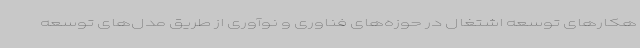
هکارهای توسعه اشتغال در حوزه‌های فناوری و نوآوری از طریق مدل‌های توسعه